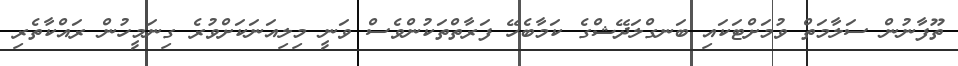
ތޫފާނުން ސަލާމަތް ވުމަށްޓަކައި ބަނގްލަދޭޝްގެ ކަމާބެހޭ ފަރާތްތަކުންވެސް ވަނީ މިލިއަނަކަށްވުރެ ގިނަމީހުން ރައްކާތެރި